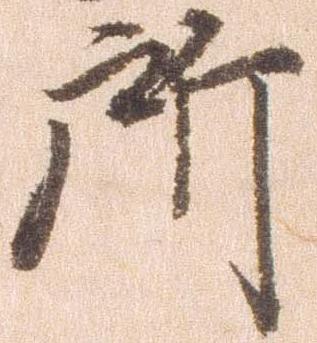
所